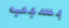
بسبب